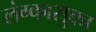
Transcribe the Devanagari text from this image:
लंग्कासुका